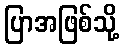
ပြာအဖြစ်သို့